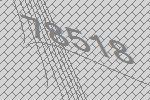
78518